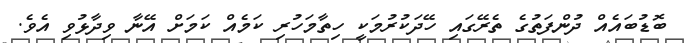
ބޮޑުބައެއް ދުންފަތުގެ ތެރޭގައި ހޭދަކުރުމަކީ ހިތާމަހުރި ކަމެއް ކަމަށް އޭނާ ވިދާޅުވި އެވެ.